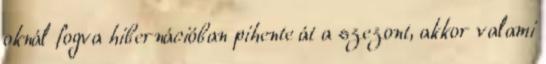
oknál fogva hibernációban pihente át a szezont, akkor valami